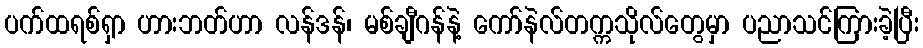
ပက်ထရစ်ရှာ ဟားဘတ်ဟာ လန်ဒန်၊ မစ်ချီဂန်နဲ့ ကော်နဲလ်တက္ကသိုလ်တွေမှာ ပညာသင်ကြားခဲ့ပြီး